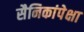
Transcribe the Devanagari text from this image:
सैनिकांपेक्षा